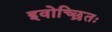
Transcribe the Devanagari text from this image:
इवोच्छ्रितः